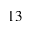
^ { 1 3 }